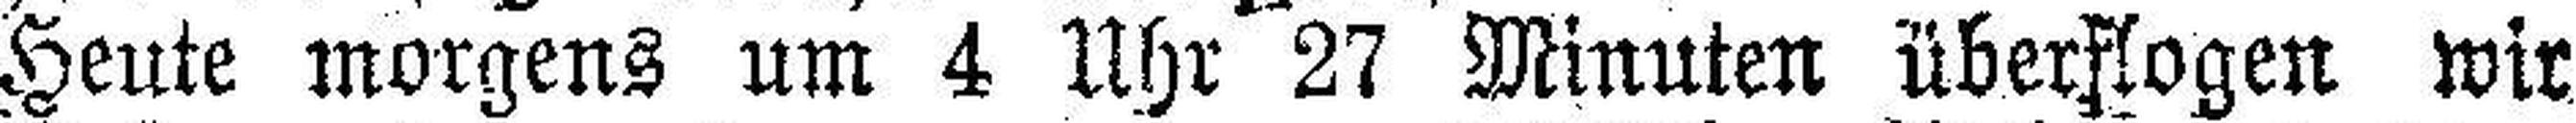
Heute morgens um 4 Uhr 27 Minuten überflogen wir